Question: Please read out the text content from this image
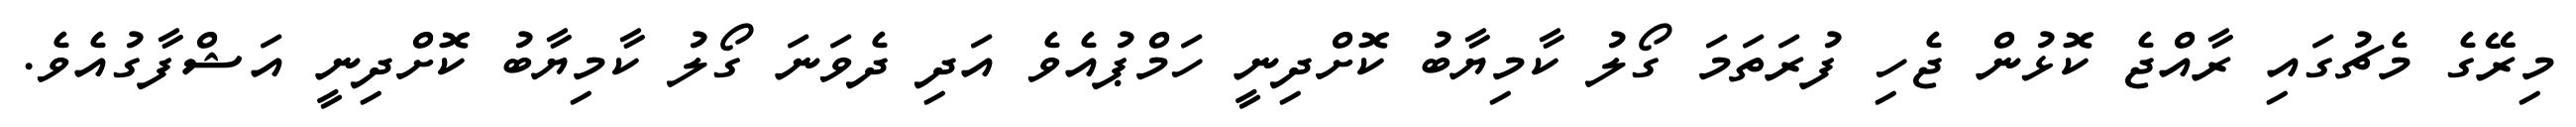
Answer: މިރޭގެ މެޗުގައި ރާއްޖެ ކޮޅުން ޖެހި ފުރަތަމަ ގޯލު ކާމިޔާބު ކޮށްދިނީ ހަމްޕުއެވެ އަދި ދެވަނަ ގޯލު ކާމިޔާބު ކޮށްދިނީ އަޝްފާގުއެވެ.